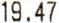
19.47